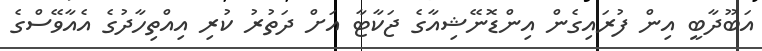
އަބޫދާބީ އިން ފުރައިގެން އިންޑޮނޭޝިއާގެ ޖަކާޓާ އަށް ދަތުރު ކުރި އިއްތިހާދުގެ އެއާވޭސްގެ